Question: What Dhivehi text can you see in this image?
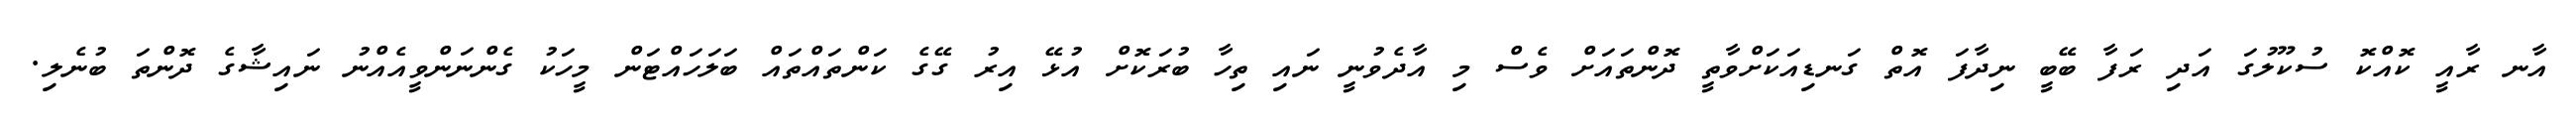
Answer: އާނ ރާއީ ކޮއްކޮ ސުކޫލުގަ އަދި ރަފާ ބޭބީ ނިދާފަ އޮތް ގަނޑިއަކަށްވާތީ ދޮންތައަށް ވެސް މި އާދެވުނީ ނައި ތިހާ ބުރަކޮށް އުޅޭ އިރު ގޭގެ ކަންތައްތައް ބަލަހައްޓަން މީހަކު ގެންނަންވީއެއްނު ނައިޝާގެ ދޮންތަ ބުނެލި.